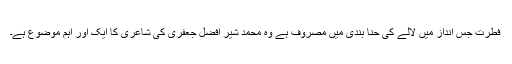
فطرت جس انداز میں لالے کی حنا بندی میں مصروف ہے وہ محمد شیر افضل جعفری کی شاعری کا ایک اور اہم موضوع ہے۔